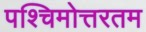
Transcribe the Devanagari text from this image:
पश्चिमोत्तरतम